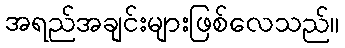
အရည်အချင်းများဖြစ်လေသည်။